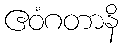
ဧဝံဂတာနိ